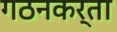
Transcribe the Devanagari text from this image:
गठनकर्ता